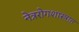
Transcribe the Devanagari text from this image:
नेत्ररोगशास्त्रात